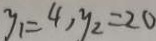
y _ { 1 } = 4 , y _ { 2 } = 2 0